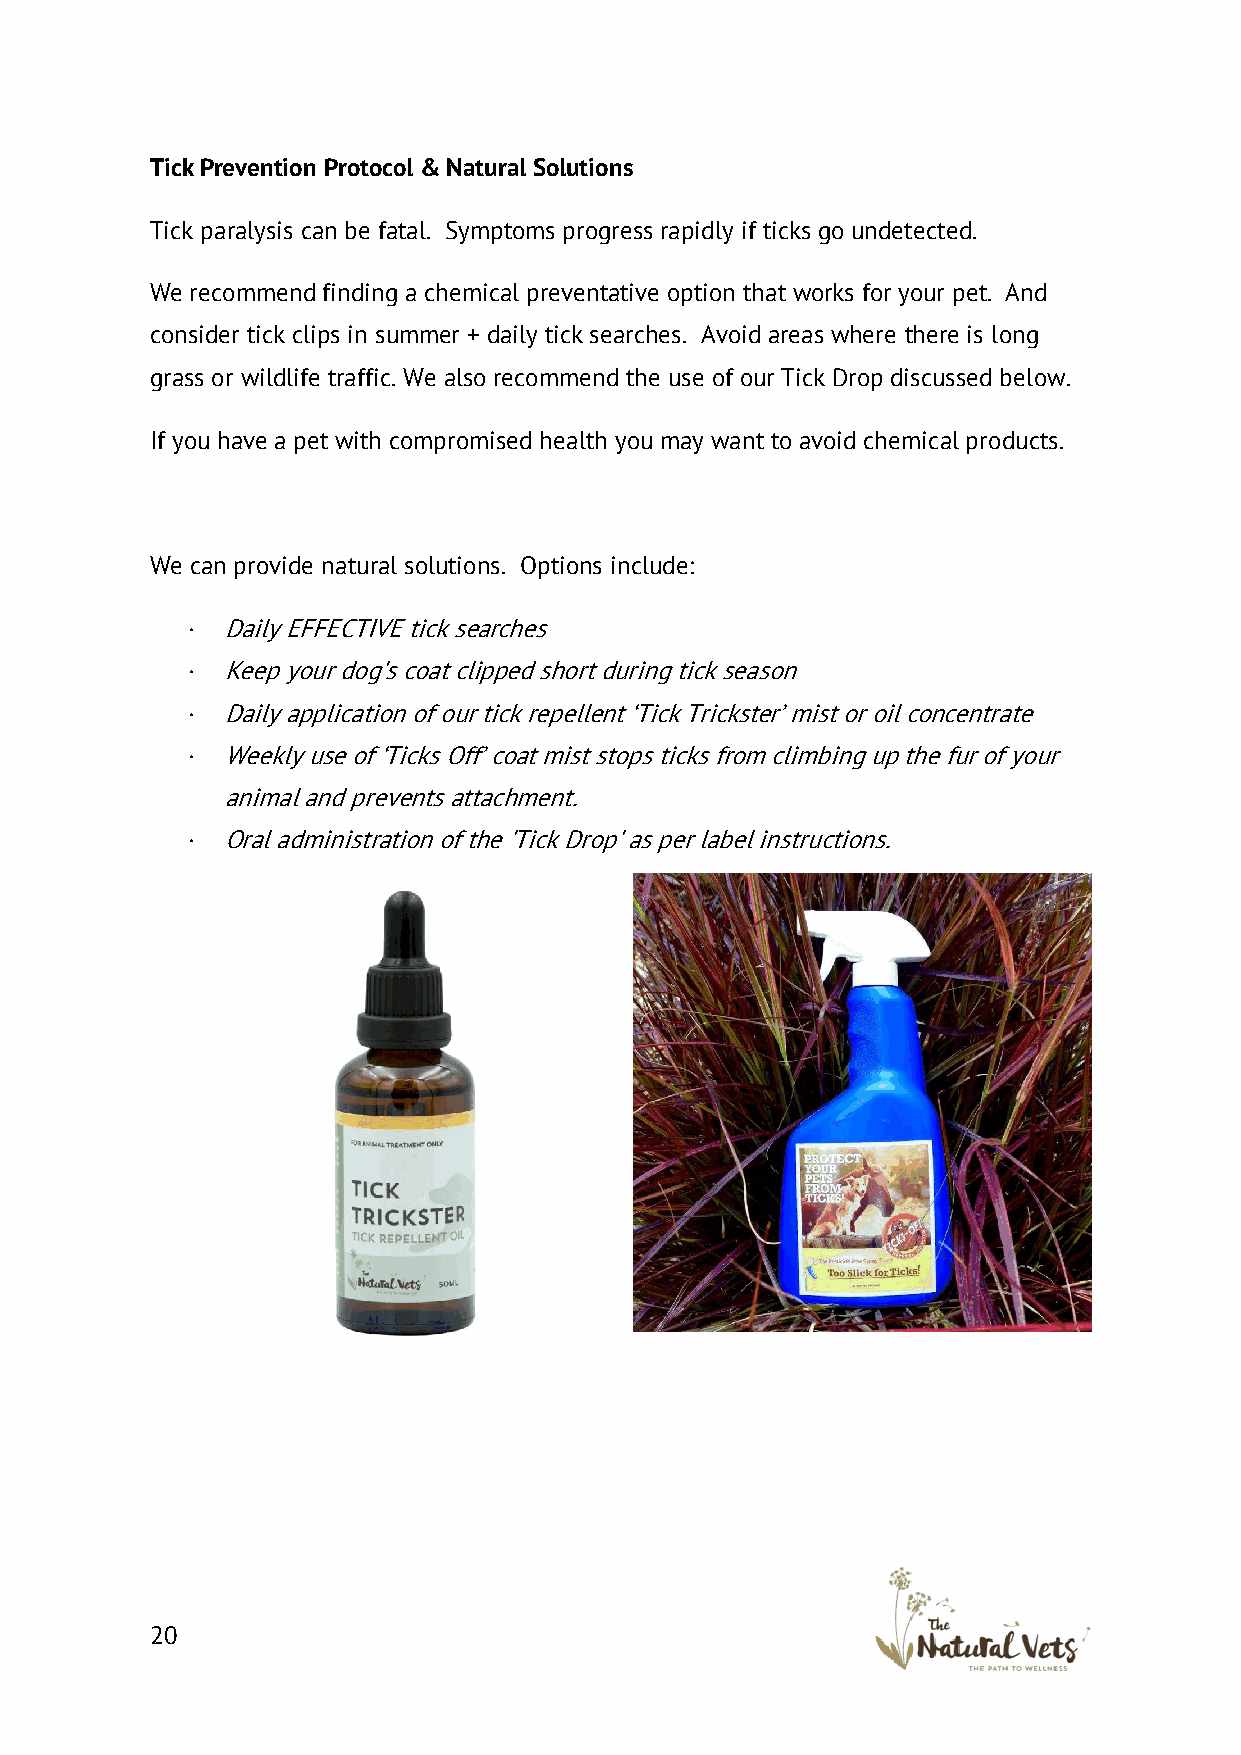
Tick Prevention Protocol & Natural Solutions
 Tick paralysis can be fatal. Symptoms progress rapidly if ticks go undetected.
 We recommend finding a chemical preventative option that works for your pet. And
 consider tick clips in summer + daily tick searches. Avoid areas where there is long
 grass or wildlife traffic. We also recommend the use of our Tick Drop discussed below.
 If you have a pet with compromised health you may want to avoid chemical products.
 We can provide natural solutions. Options include:
 ·  Daily EFFECTIVE tick searches
 ·  Keep your dog's coat clipped short during tick season
 ·  Daily application of our tick repellent ‘Tick Trickster’ mist or oil concentrate
 ·  Weekly use of ‘Ticks Off’ coat mist stops ticks from climbing up the fur of your
 animal and prevents attachment.
 ·  Oral administration of the 'Tick Drop' as per label instructions.
 20